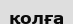
қолға